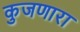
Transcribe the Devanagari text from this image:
कुजणारा